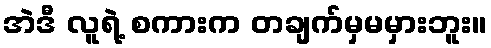
အဲဒီ လူရဲ့ စကားက တချက်မှမမှားဘူး။